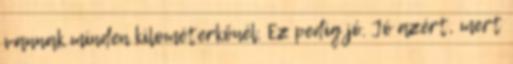
vannak minden kilométerkőnél. Ez pedig jó. Jó azért, mert